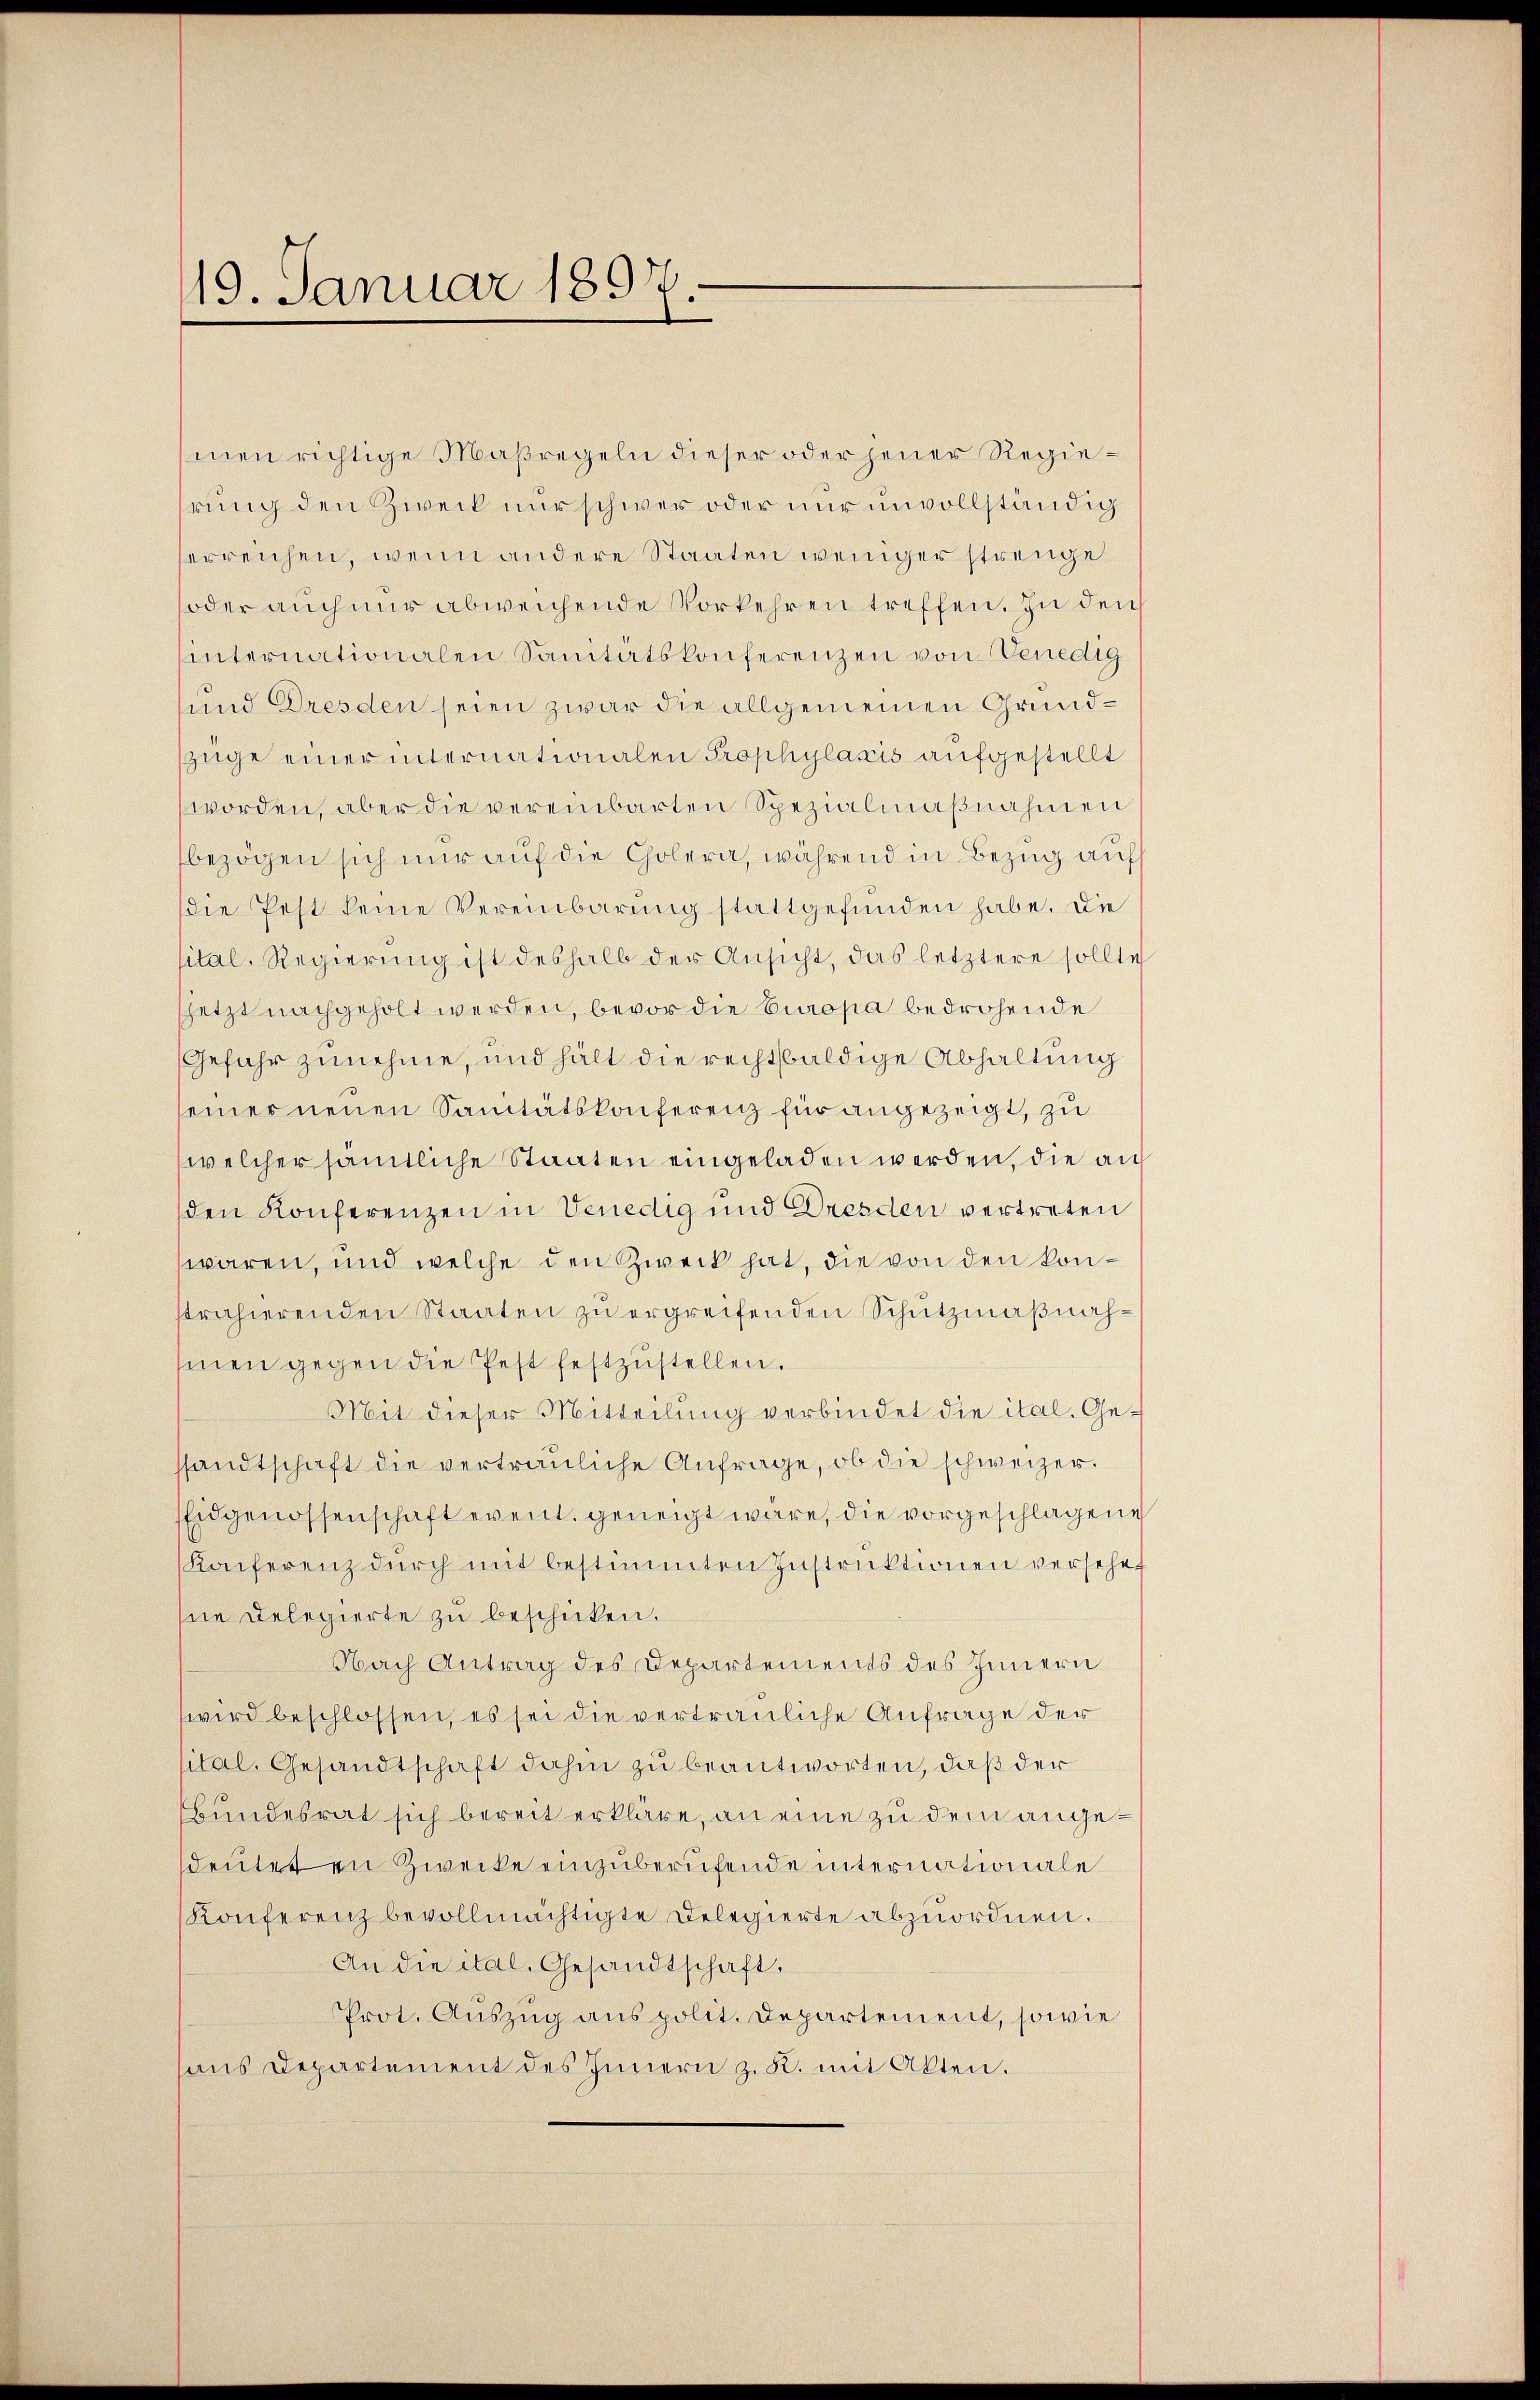
19. Januar 1897.

men richtige Maßregeln dieser oder jener Regierung den Zweck nur schwer oder nur unvollständig
serreichen, wenn andere Staaten weniger strenge
oder auch nur abweichende Vorkehren treffen. In den
internationalen Sanitätskonferenzen von Venedig
sund Dresden seien zwar die allgemeinen Grundzüge einer internationalen Prophylaxis aufgestellt
worden, aber die vereinbarten Spezialmaßnahmen
bezögen sich nur auf die Cholera, während in Bezug auf
die Pest keine Vereinbarung stattgefunden habe. Die
sital. Regierung ist deshalb der Ansicht, das letztere sollte
sjetzt nachgeholt werden, bevor die Europa bedrohende
Gefahr zunehme, und hält die rechtsbaldige Abhaltung
seiner neuen Sanitätskonferenz für angezeigt, zu
welcher sämtliche Staaten eingeladen werden, die auf
den Konferenzen in Venedig und Dresden vertreten
wären, und welche den Zweck hat, die von den konstrahierenden Staaten zu ergreifenden Schutzmaßnahhmen gegen die fest festzustellen.
Mit dieser Mitteilung verbindet die ital. Gesandtschaft die vertrauliche Anfrage, ob die schweizer.
Eidgenossenschaft event. geneigt wäre, die vorgeschlagene
Kaiferenz durch mit bestimmten Instruktionen versehen
hne Delegierte zu beschicken.
Nach Antrag des Departements des Innern
wird beschlossen, es sei die vertrauliche Anfrage der
sital. Gesandtschaft dahin zu beantworten, daß der
Bundesrat sich bereit erkläre, an eine zu dem angedeuteten Zwecke einzuberufende internationale
Konferenz bevollmächtigte Delegierte abzuordnen.
An die ital. Gesandtschaft.
Prot. Auszug aus polit. Departement, sowie
ans Departement des Innern z. K. mit Akten.